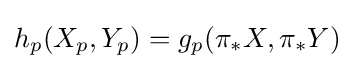
h_{p}(X_{p},Y_{p})=g_{p}(\pi _{*}X,\pi _{*}Y)